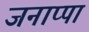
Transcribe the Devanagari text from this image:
जनाप्पा